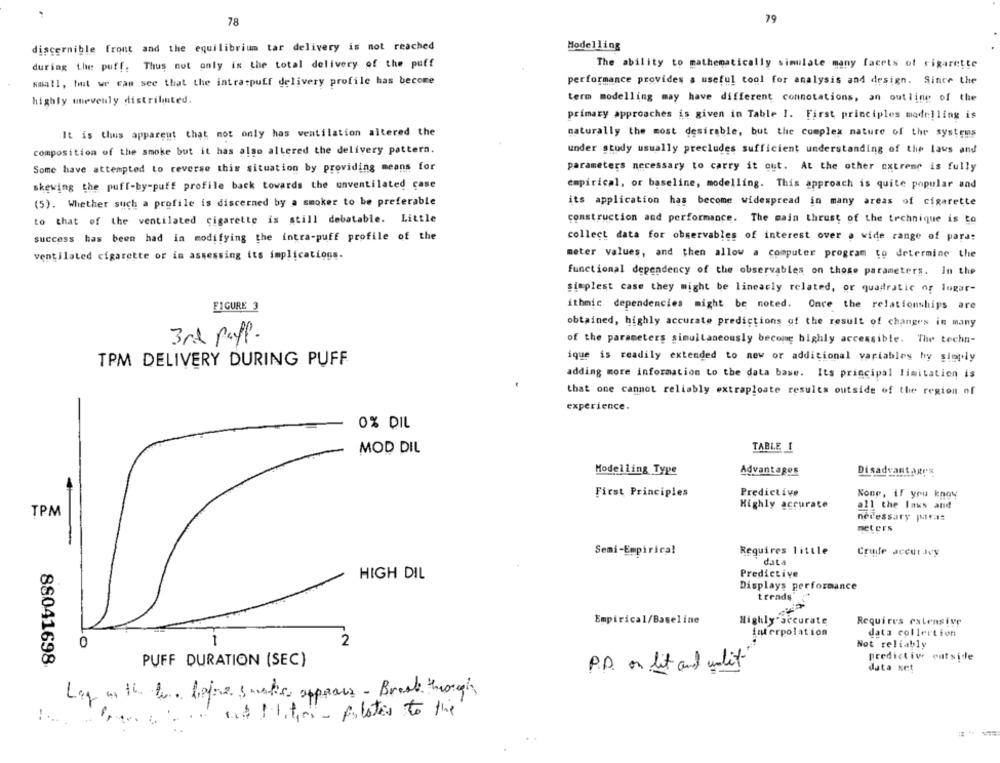
78
79
discernible front and the equilibrium tar delivery is not reached
Modelling
during the puff. Thus not only is the total delivery of the puff
The ability to mathematically simulate many facets of cigarette
small, tout we can see that the intraspuff delivery profile has become
performance provides a useful tool for analysis and design. Since the
highly unevenly distributed.
term modelling may have different connotations, an outline of the
primary approaches is given in Table 1. First principles modelling is
It is thus apparent that not only has ventilation altered the
naturally the most desirable, but the complex nature of the systems
composition of the smoke but it has also altered the delivery pattern.
under study usually precludes sufficient understanding of the laws and
Some have attempted to reverse this situation by providing means for
parameters necessary to carry it out. At the other extreme is fully
skewing the puff-by-puff profile back towards the unventilated case
empirical, or baseline, modelling. This approach is quite popular and
(5). Whether such a profile is discerned by a smoker to be preferable
its application has become widespread in many areas of cigarette
to that of the ventilated cigarette is still debatable. Little
construction and performance. The main thrust of the technique is to
success has been had in modifying the intra-puff profile of the
collect data for observables of interest over a wide range of para:
ventilated cigarette or in assessing its implications.
meter values, and then allow a computer program to determine the
functional dependency of the observables on those parameters. In the
simplest case they might be linearly related, or quadratic or logar-
FIGURE 3
ithmic dependencies might be noted. Once the relationships are
obtained, highly accurate predictions of the result of changes in many
3rd puff.
of the parameters simultaneously becong highly accessible. The techn-
ique is readily extended to new or additional variables hy simply
TPM DELIVERY DURING PUFF
adding more information to the data base. Its principal limitation is
that one cannot reliably extraploate results outside of the region of
experience.
0% DIL
MOD DIL
TABLE I
Modelling Type
Advantages
Disadvantage's
First Principles
Predictive
None, if you know
Highly accurate
all the laws and
TPM
necessary paras
meters
Requires little
Semi-Empirica!
Cruffe accut Ivy
data
Predictive
HIGH DIL
Displays performance
treads
Empirical/Baseline
Highly accurate
Requires extensive
interpolation
data collection
1
2
0
Not reliably
predictive
outside
88041698
PUFF DURATION (SEC)
P.D. on lit and wolit
data set
Log in the the liafre smatics apppace - Break through
at 1 1, tion - pilotes to the